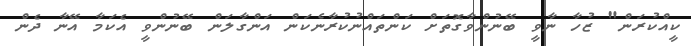
ކީއްކުރަން" ޒުހާ ނާވީ ބޭނުންވާގޮތަށް ކަންތައްނުކުރާނެކަން އަންގާލަން ބޭނުންވީ އެކަމާ އޭނާ ދެން